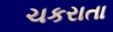
ચકરાતા